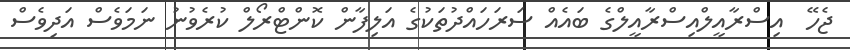
ޖެހޭ  އިސްރާއީލްއިސްރާއީލްގެ ބައެއް ސަރަހައްދުތަކުގެ އަލިފާން ކޮންޓްރޯލް ކުރެވުނު ނަމަވެސް އަދިވެސް